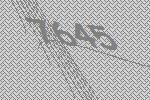
7645